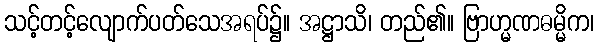
သင့်တင့်လျောက်ပတ်သေအရပ်၌။ အဋ္ဌာသိ၊ တည်၏။ ဗြာဟ္မဏဓမ္မိက၊